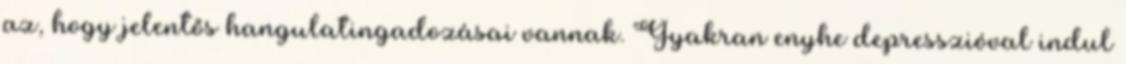
az, hogy jelentős hangulatingadozásai vannak. Gyakran enyhe depresszióval indul